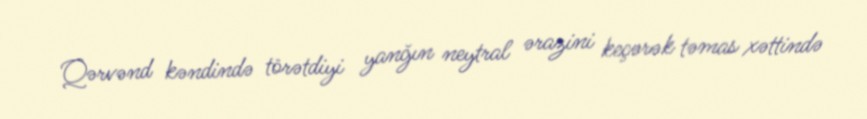
Qərvənd kəndində törətdiyi yanğın neytral ərazini keçərək təmas xəttində